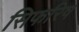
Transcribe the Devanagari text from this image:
सिफरिष